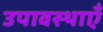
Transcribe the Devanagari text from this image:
उपावस्थाएँ